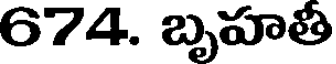
674. బృహతీ